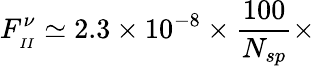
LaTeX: F_{_{II}}^{\nu}\simeq 2.3\times 10^{-8}\times\frac{100}{N_{sp}}\times